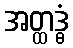
အတ္ထဒ္ဓံ